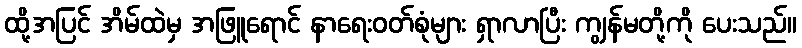
ထို့အပြင် အိမ်ထဲမှ အဖြူရောင် နာရေးဝတ်စုံများ ရှာလာပြီး ကျွန်မတို့ကို ပေးသည်။